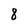
Character: 8